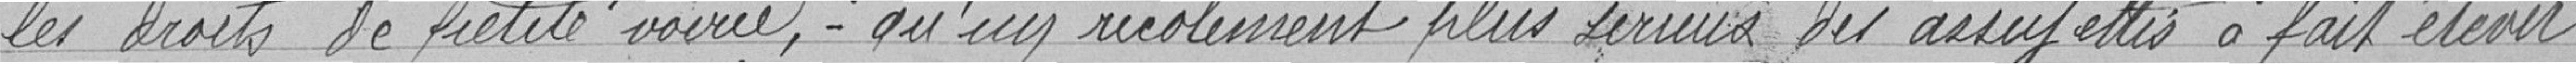
les droits de petite voirie, qu'un récolement plus sérieux des assujettis a fait élever